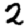
Digit: 2